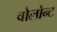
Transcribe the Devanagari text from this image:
वोलोन्ट